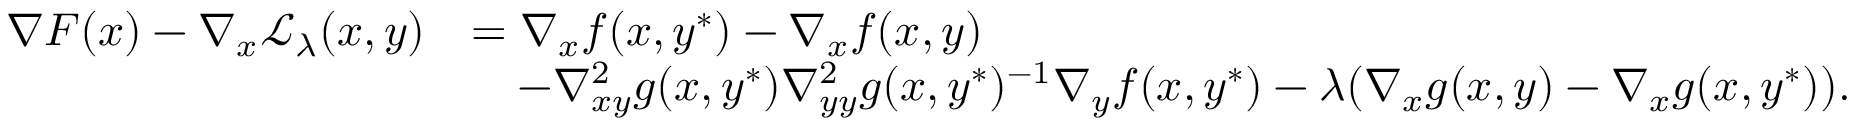
\begin{array} { r l } { \nabla F ( x ) - \nabla _ { x } \mathcal { L } _ { \lambda } ( x , y ) } & { = \nabla _ { x } f ( x , y ^ { * } ) - \nabla _ { x } f ( x , y ) } \\ & { \quad - \nabla _ { x y } ^ { 2 } g ( x , y ^ { * } ) \nabla _ { y y } ^ { 2 } g ( x , y ^ { * } ) ^ { - 1 } \nabla _ { y } f ( x , y ^ { * } ) - \lambda ( \nabla _ { x } g ( x , y ) - \nabla _ { x } g ( x , y ^ { * } ) ) . } \end{array}